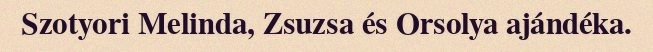
Szotyori Melinda, Zsuzsa és Orsolya ajándéka.